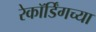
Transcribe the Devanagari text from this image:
रेकॉर्डिंगच्या